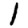
Digit: 1